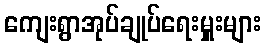
ကျေးရွာအုပ်ချုပ်ရေးမှူးများ